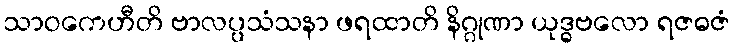
သာဝကေဟီတိ ဗာလပ္ပသံသနာ ဖရထာတိ နိဂ္ဂုဏာ ယုဒ္ဓဗလော ရဇဓဇံ